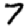
Digit: 7